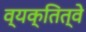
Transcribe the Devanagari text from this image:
व्यक्तित्वे